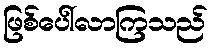
ဖြစ်ပေါ်လာကြသည်